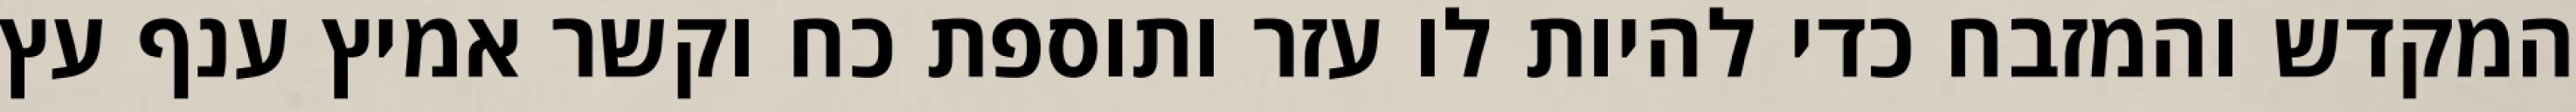
המקדש והמזבח כדי להיות לו עזר ותוספת כח וקשר אמיץ ענף עץ